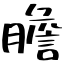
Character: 膽